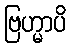
ဗြဟ္မာပိ